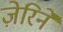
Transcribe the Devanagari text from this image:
ज़ेरिने